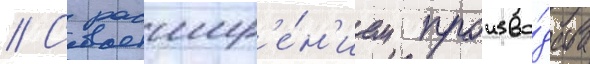
// С расшир'е́н'ием произво́дства